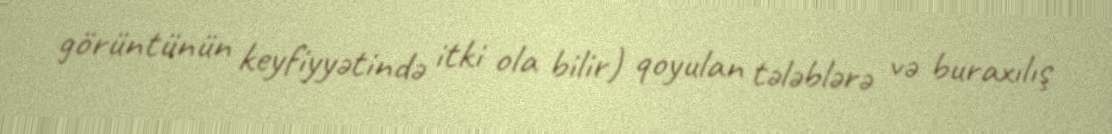
görüntünün keyfiyyətində itki ola bilir) qoyulan tələblərə və buraxılış